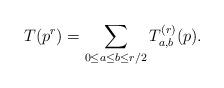
LaTeX: \begin{align*}T(p^r) = \sum_{0 \leq a \leq b \leq r/2} T^{(r )}_{a, b}(p ).\end{align*}